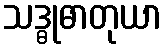
သဒ္ဓုဓာတုယာ